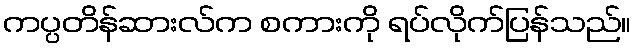
ကပ္ပတိန်ဆားလ်က စကားကို ရပ်လိုက်ပြန်သည်။